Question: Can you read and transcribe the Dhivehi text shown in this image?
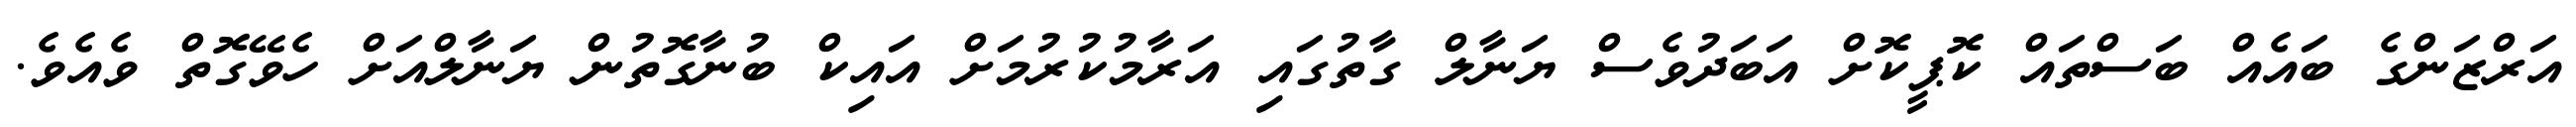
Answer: އަރްޒަންގެ ބައެއް ބަސްތައް ކޮޕީކޮށް އަބަދުވެސް ޔަނާލް ގާތުގައި އަރާމުކުރުމަށް އައިކް ބުނާގޮތުން ޔަނާލްއަށް ހެވޭގޮތް ވެއެވެ.